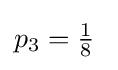
p_{3}=\textstyle {\frac {1}{8}}\